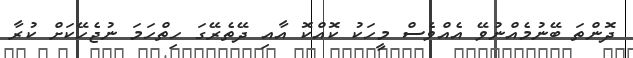
ދޮންތަ ބޭނުމެއްނުވޭ އެއްވެސް މީހަކު ކޮއްކޮ އާއި ދޭތެރޭގަ ހިތްހަމަ ނުޖެހޭކަށް ކުރާ